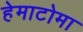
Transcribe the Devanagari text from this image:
हेमाटोमा